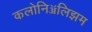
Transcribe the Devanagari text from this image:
कलोनिॲलिझम